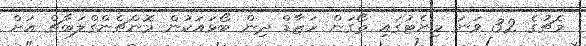
މެޗުގެ 32 ވަނަ މިނެޓުގައި ތޯގަން ހަޒާޑް ދިން ބޯޅައަކުން މޮންޗެންގްލަބާޗް އަށް